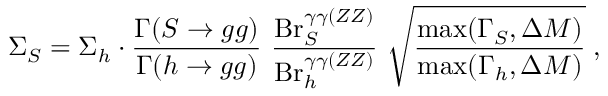
\Sigma _ { S } = \Sigma _ { h } \cdot { \frac { \Gamma ( S \to g g ) } { \Gamma ( h \to g g ) } } ~ { \frac { \mathrm { B r } _ { S } ^ { \gamma \gamma ( Z Z ) } } { \mathrm { B r } _ { h } ^ { \gamma \gamma ( Z Z ) } } } ~ \sqrt { \frac { \mathrm { m a x } ( \Gamma _ { S } , \Delta M ) } { \mathrm { m a x } ( \Gamma _ { h } , \Delta M ) } } \; ,